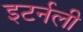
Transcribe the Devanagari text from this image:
इटर्नली